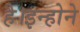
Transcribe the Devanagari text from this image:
है।इन्होने